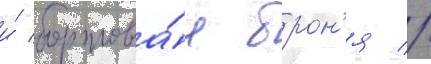
и́ бортова́я брон'я //